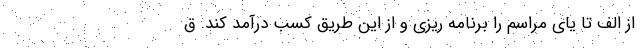
از الف تا یای مراسم را برنامه ریزی و از این طریق کسب درآمد کند. ق